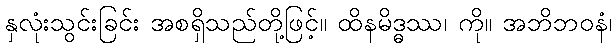
နှလုံးသွင်းခြင်း အစရှိသည်တို့ဖြင့်။ ထိနမိဒ္ဓဿ၊ ကို။ အဘိဘဝနံ၊